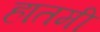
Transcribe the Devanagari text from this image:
हातमी